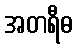
အတရီဓ